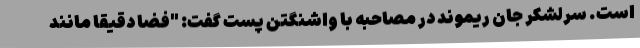
است. سرلشکر جان ریموند در مصاحبه با واشنگتن پست گفت: "فضا دقیقاً مانند